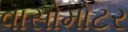
વાસોમોટર